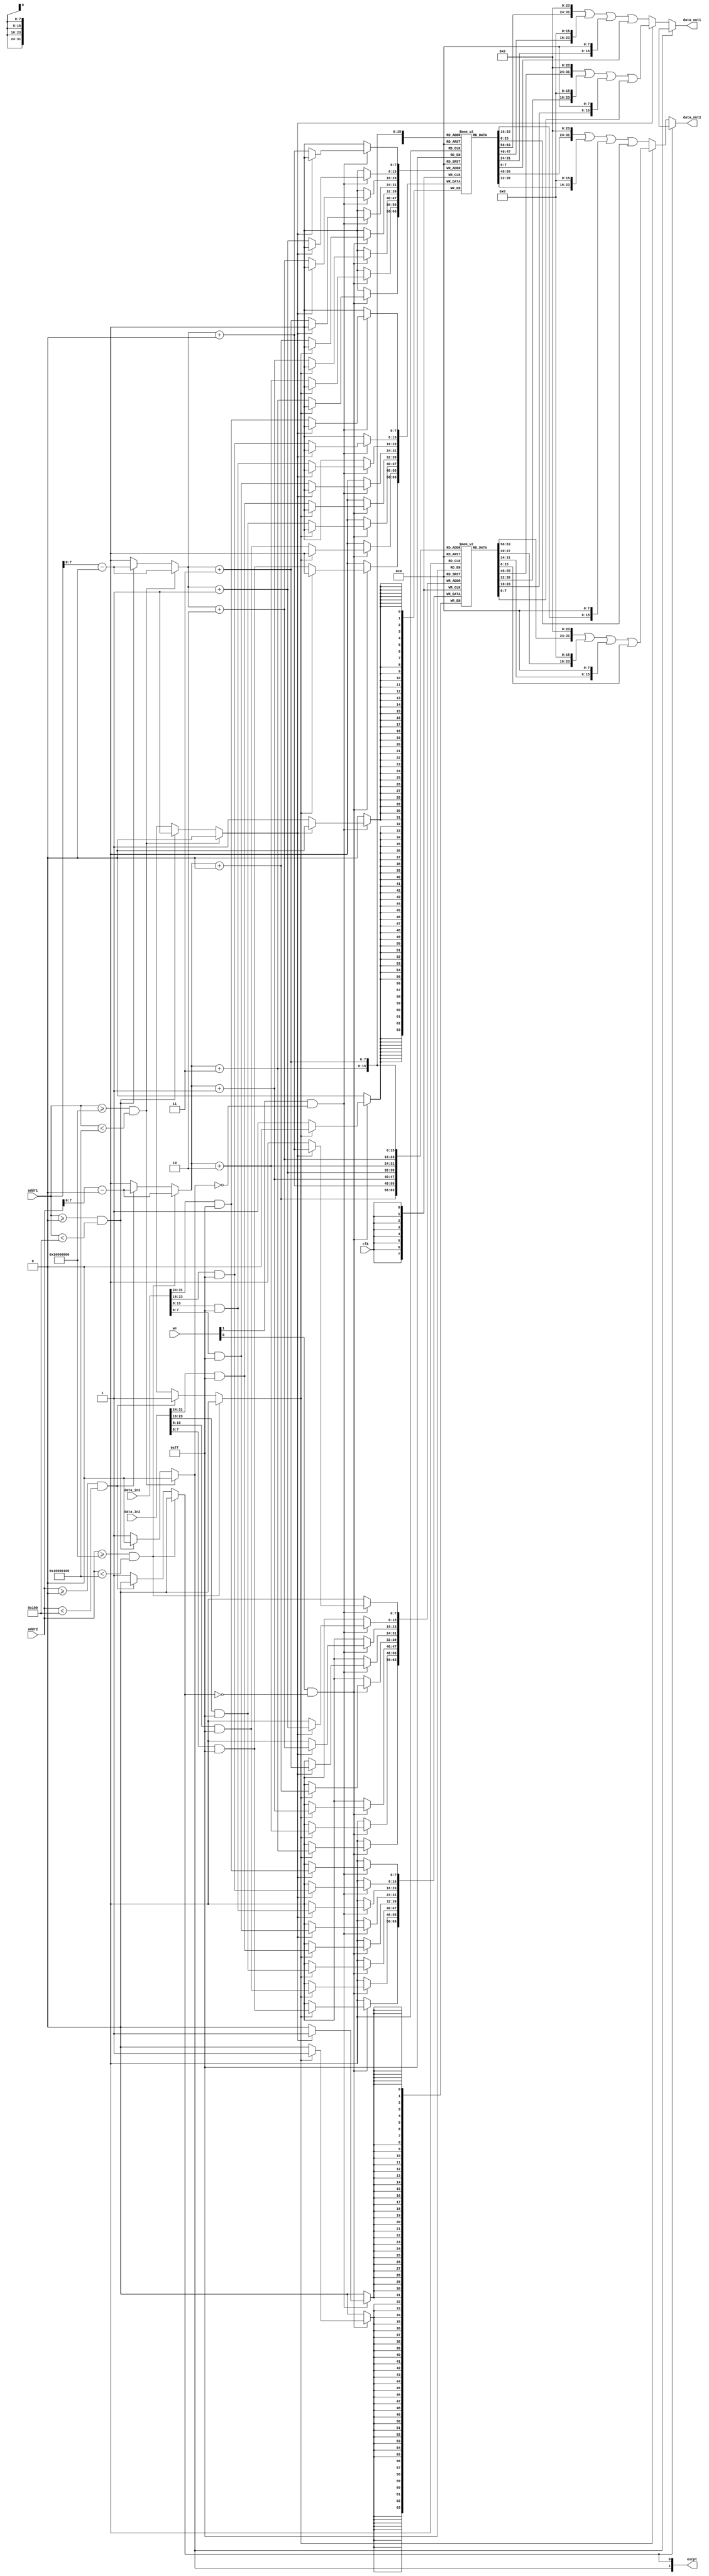
`define NB_REGIONS     2
`define MEM_DATA       0
`define MEM_TEXT       1
`define MEM_DATA_START 32'h10000000
`define MEM_DATA_SIZE  32'h00000100 // 256 bytes, 64 words
`define MEM_DATA_TOP   `MEM_DATA_START + `MEM_DATA_SIZE
`define MEM_TEXT_START 32'h00000000
`define MEM_TEXT_SIZE  32'h00000100
`define MEM_TEXT_TOP   `MEM_TEXT_START + `MEM_TEXT_SIZE

module arm_memory
(
    input             clk,
    input      [31:0] addr1,
    input      [31:0] addr2,
    input      [31:0] data_in1,
    input      [31:0] data_in2,
    input      [0:1]  we,           // write enable
    output reg [0:1]  excpt,        // exception bit
    output     [31:0] data_out1,
    output     [31:0] data_out2
);
    // used for implementing dual ports using for loop
    wire [31:0] addr[0:1];
    wire [31:0] data_in[0:1];
    reg [31:0] data_out[0:1];
    integer i;

    assign addr[0] = addr1;
    assign addr[1] = addr2;
    assign data_in[0] = data_in1;
    assign data_in[1] = data_in2;
    assign data_out1 = data_out[0];
    assign data_out2 = data_out[1];

    /*always @ (addr[0]) begin
        $display("mem0: addr %x", addr[0]);
    end
    always @ (addr[1]) begin
        $display("mem1: addr %x", addr[1]);
    end

    always @ (data_in[1]) begin
        $display("mem1: data_in %x", data_in[1]);
    end

    always @ (we[1]) begin
        $display("we: %x", we[1]);
    end

    always @ (data_in[0]) begin
        $display("mem0: data_in %x", data_in[0]);
    end

    always @ (data_out[0]) begin
        $display("mem0: data_out %x", data_out[0]);
    end

    always @ (data_out[1]) begin
        $display("mem1: data_out %x", data_out[1]);
    end*/

    // internal registers used for decoding
    reg region_sel [0:1];
    reg [31:0] offset [0:1];

    // Memory regions
    reg [7:0] data_region[0 : `MEM_DATA_SIZE - 1];
    reg [7:0] text_region[0 : `MEM_TEXT_SIZE - 1];

    // Combinatorial reads and address decoding
    always @ (*) begin
        for (i = 0; i < 2; i = i + 1) begin
            ADDR_DECODE(offset[i], region_sel[i], excpt[i], addr[i]);
            if (!excpt[i]) begin
                if (region_sel[i] == `MEM_DATA) begin
                    data_out[i] = (data_region[offset[i] + 0] << 24) |
                                  (data_region[offset[i] + 1] << 16) |
                                  (data_region[offset[i] + 2] <<  8) |
                                  (data_region[offset[i] + 3] <<  0); 
                end
                else begin
                    data_out[i] = (text_region[offset[i] + 0] << 24) |
                                  (text_region[offset[i] + 1] << 16) |
                                  (text_region[offset[i] + 2] <<  8) |
                                  (text_region[offset[i] + 3] <<  0); 
                end
            end
            else
                data_out[i] = 32'bx;
        end
    end

    // Sequential writes
    always @ (posedge clk) begin
        for (i = 0; i < 2; i = i + 1) begin
            if (we[i] && !excpt[i]) begin
            //$display("mem%b: offset %x, region %x excpt %x addr %x we %x", i[0], offset[i], region_sel[i], excpt[i], addr[i], we[i]);
                if (region_sel[i] == `MEM_DATA) begin
                    data_region[offset[i] + 0] <= (data_in[i] >> 24) & 8'hFF; 
                    data_region[offset[i] + 1] <= (data_in[i] >> 16) & 8'hFF; 
                    data_region[offset[i] + 2] <= (data_in[i] >>  8) & 8'hFF; 
                    data_region[offset[i] + 3] <= (data_in[i] >>  0) & 8'hFF; 
                end
                else begin
                    text_region[offset[i] + 0] <= (data_in[i] >> 24) & 8'hFF; 
                    text_region[offset[i] + 1] <= (data_in[i] >> 16) & 8'hFF; 
                    text_region[offset[i] + 2] <= (data_in[i] >>  8) & 8'hFF; 
                    text_region[offset[i] + 3] <= (data_in[i] >>  0) & 8'hFF; 
                end
            end
        end
    end

    // Address decoder
    task ADDR_DECODE
    (
        output reg [31:0] offset,
        output reg region_sel,
        output reg excpt, 
        input [31:0] addr
    );
        if ((addr >= `MEM_DATA_START) && (addr < `MEM_DATA_TOP)) begin
            offset     = addr - `MEM_DATA_START;
            region_sel = `MEM_DATA;
            excpt      = 0;
        end
        else if ((addr >= `MEM_TEXT_START) && (addr < `MEM_TEXT_TOP)) begin
            offset     = addr - `MEM_TEXT_START;
            region_sel = `MEM_TEXT;
            excpt      = 0;
        end
        else begin
            offset     = 32'bx;
            region_sel = 2'bx;
            excpt      = 1;
        end
    endtask
endmodule